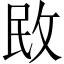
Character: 敃